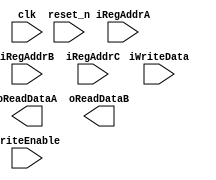
module RegisterFile(
    input clk,
    input reset_n,
    input WriteEnable,
    
    input [4:0] iRegAddrA,
    input [4:0] iRegAddrB,
    input [4:0] iRegAddrC,
    
    input [31:0] iWriteData,
    
    output [31:0] oReadDataA,
    output [31:0] oReadDataB
    );
endmodule